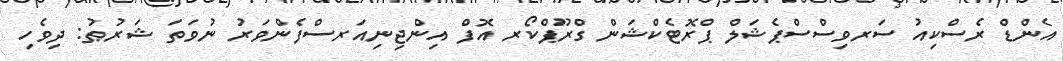
އެންޑް ރެސްކިއު ސަރވިސްސްޕެޝަލް ޕްރޮޓެކްޝަން ގްރޫޕްކޯރ އޮފް އިންޖިނިއަރސްފެންވަރު ނުވަތަ ޝަރުޠު: ދިވެހި